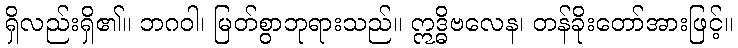
ရှိလည်းရှိ၏။ ဘဂဝါ၊ မြတ်စွာဘုရားသည်။ ဣဒ္ဓိဗလေန၊ တန်ခိုးတော်အားဖြင့်။